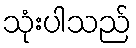
သုံးပါသည်